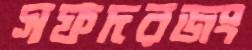
সফদরজং